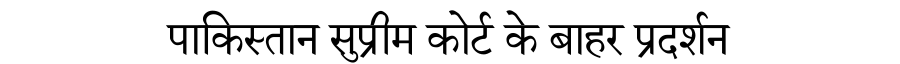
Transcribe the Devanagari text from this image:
पाकिस्तान सुप्रीम कोर्ट के बाहर प्रदर्शन